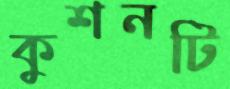
কুশনটি